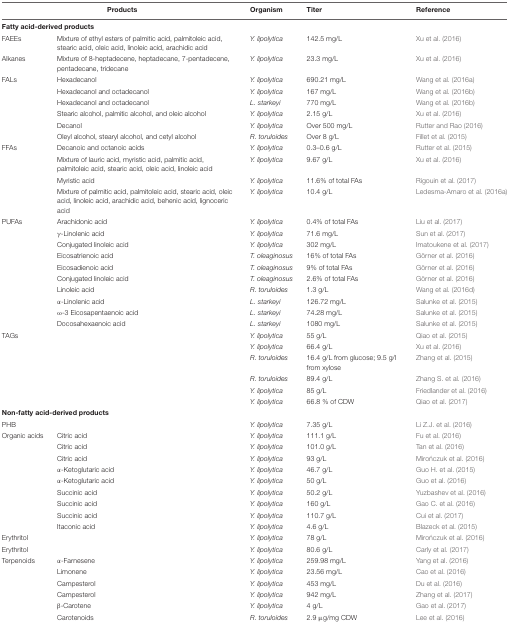
<table><thead><tr><td colspan="2"><b>Products</b></td><td><b>Organism</b></td><td><b>Titer</b></td><td><b>Reference</b></td></tr></thead><tbody><tr><td colspan="3"><b>Fatty acid-derived products</b></td></tr><tr><td>FAEEs</td><td>Mixture of ethyl esters of palmitic acid, palmitoleic acid, stearic acid, oleic acid, linoleic acid, arachidic acid</td><td><i>Y. lipolytica</i></td><td>142.5 mg/L</td><td>Xu et al. (2016)</td></tr><tr><td>Alkanes</td><td>Mixture of 8-heptadecene, heptadecane, 7-pentadecene, pentadecane, tridecane</td><td><i>Y. lipolytica</i></td><td>23.3 mg/L</td><td>Xu et al. (2016)</td></tr><tr><td>FALs</td><td>Hexadecanol</td><td><i>Y. lipolytica</i></td><td>690.21 mg/L</td><td>Wang et al. (2016a)</td></tr><tr><td></td><td>Hexadecanol and octadecanol</td><td><i>Y. lipolytica</i></td><td>167 mg/L</td><td>Wang et al. (2016b)</td></tr><tr><td></td><td>Hexadecanol and octadecanol</td><td><i>L. starkeyi</i></td><td>770 mg/L</td><td>Wang et al. (2016b)</td></tr><tr><td></td><td>Stearic alcohol, palmitic alcohol, and oleic alcohol</td><td><i>Y. lipolytica</i></td><td>2.15 g/L</td><td>Xu et al. (2016)</td></tr><tr><td></td><td>Decanol</td><td><i>Y. lipolytica</i></td><td>Over 500 mg/L</td><td>Rutter and Rao (2016)</td></tr><tr><td></td><td>Oleyl alcohol, stearyl alcohol, and cetyl alcohol</td><td><i>R. toruloides</i></td><td>Over 8 g/L</td><td>Fillet et al. (2015)</td></tr><tr><td>FFAs</td><td>Decanoic and octanoic acids</td><td><i>Y. lipolytica</i></td><td>0.3–0.6 g/L</td><td>Rutter et al. (2015)</td></tr><tr><td></td><td>Mixture of lauric acid, myristic acid, palmitic acid, palmitoleic acid, stearic acid, oleic acid, linoleic acid</td><td><i>Y. lipolytica</i></td><td>9.67 g/L</td><td>Xu et al. (2016)</td></tr><tr><td></td><td>Myristic acid</td><td><i>Y. lipolytica</i></td><td>11.6% of total FAs</td><td>Rigouin et al. (2017)</td></tr><tr><td></td><td>Mixture of palmitic acid, palmitoleic acid, stearic acid, oleic acid, linoleic acid, arachidic acid, behenic acid, lignoceric acid</td><td><i>Y. lipolytica</i></td><td>10.4 g/L</td><td>Ledesma-Amaro et al. (2016a)</td></tr><tr><td>PUFAs</td><td>Arachidonic acid</td><td><i>Y. lipolytica</i></td><td>0.4% of total FAs</td><td>Liu et al. (2017)</td></tr><tr><td></td><td>γ-Linolenic acid</td><td><i>Y. lipolytica</i></td><td>71.6 mg/L</td><td>Sun et al. (2017)</td></tr><tr><td></td><td>Conjugated linoleic acid</td><td><i>Y. lipolytica</i></td><td>302 mg/L</td><td>Imatoukene et al. (2017)</td></tr><tr><td></td><td>Eicosatrienoic acid</td><td><i>T. oleaginosus</i></td><td>16% of total FAs</td><td>Görner et al. (2016)</td></tr><tr><td></td><td>Eicosadienoic acid</td><td><i>T. oleaginosus</i></td><td>9% of total FAs</td><td>Görner et al. (2016)</td></tr><tr><td></td><td>Conjugated linoleic acid</td><td><i>T. oleaginosus</i></td><td>2.6% of total FAs</td><td>Görner et al. (2016)</td></tr><tr><td></td><td>Linoleic acid</td><td><i>R. toruloides</i></td><td>1.3 g/L</td><td>Wang et al. (2016d)</td></tr><tr><td></td><td>α-Linolenic acid</td><td><i>L. starkeyi</i></td><td>126.72 mg/L</td><td>Salunke et al. (2015)</td></tr><tr><td></td><td>ω-3 Eicosapentaenoic acid</td><td><i>L. starkeyi</i></td><td>74.28 mg/L</td><td>Salunke et al. (2015)</td></tr><tr><td></td><td>Docosahexaenoic acid</td><td><i>L. starkeyi</i></td><td>1080 mg/L</td><td>Salunke et al. (2015)</td></tr><tr><td>TAGs</td><td></td><td><i>Y. lipolytica</i></td><td>55 g/L</td><td>Qiao et al. (2015)</td></tr><tr><td></td><td></td><td><i>Y. lipolytica</i></td><td>66.4 g/L</td><td>Xu et al. (2016)</td></tr><tr><td></td><td></td><td><i>R. toruloides</i></td><td>16.4 g/L from glucose; 9.5 g/l from xylose</td><td>Zhang et al. (2015)</td></tr><tr><td></td><td></td><td><i>R. toruloides</i></td><td>89.4 g/L</td><td>Zhang S. et al. (2016)</td></tr><tr><td></td><td></td><td><i>Y. lipolytica</i></td><td>85 g/L</td><td>Friedlander et al. (2016)</td></tr><tr><td></td><td></td><td><i>Y. lipolytica</i></td><td>66.8 % of CDW</td><td>Qiao et al. (2017)</td></tr><tr><td colspan="3"><b>Non-fatty acid-derived products</b></td></tr><tr><td>PHB</td><td></td><td><i>Y. lipolytica</i></td><td>7.35 g/L</td><td>Li Z.J. et al. (2016)</td></tr><tr><td>Organic acids</td><td>Citric acid</td><td><i>Y. lipolytica</i></td><td>111.1 g/L</td><td>Fu et al. (2016)</td></tr><tr><td></td><td>Citric acid</td><td><i>Y. lipolytica</i></td><td>101.0 g/L</td><td>Tan et al. (2016)</td></tr><tr><td></td><td>Citric acid</td><td><i>Y. lipolytica</i></td><td>93 g/L</td><td>Mirończuk et al. (2016)</td></tr><tr><td></td><td>α-Ketoglutaric acid</td><td><i>Y. lipolytica</i></td><td>46.7 g/L</td><td>Guo H. et al. (2015)</td></tr><tr><td></td><td>α-Ketoglutaric acid</td><td><i>Y. lipolytica</i></td><td>50 g/L</td><td>Guo et al. (2016)</td></tr><tr><td></td><td>Succinic acid</td><td><i>Y. lipolytica</i></td><td>50.2 g/L</td><td>Yuzbashev et al. (2016)</td></tr><tr><td></td><td>Succinic acid</td><td><i>Y. lipolytica</i></td><td>160 g/L</td><td>Gao C. et al. (2016)</td></tr><tr><td></td><td>Succinic acid</td><td><i>Y. lipolytica</i></td><td>110.7 g/L</td><td>Cui et al. (2017)</td></tr><tr><td></td><td>Itaconic acid</td><td><i>Y. lipolytica</i></td><td>4.6 g/L</td><td>Blazeck et al. (2015)</td></tr><tr><td>Erythritol</td><td></td><td><i>Y. lipolytica</i></td><td>78 g/L</td><td>Mirończuk et al. (2016)</td></tr><tr><td>Erythritol</td><td></td><td><i>Y. lipolytica</i></td><td>80.6 g/L</td><td>Carly et al. (2017)</td></tr><tr><td>Terpenoids</td><td>α-Farnesene</td><td><i>Y. lipolytica</i></td><td>259.98 mg/L</td><td>Yang et al. (2016)</td></tr><tr><td></td><td>Limonene</td><td><i>Y. lipolytica</i></td><td>23.56 mg/L</td><td>Cao et al. (2016)</td></tr><tr><td></td><td>Campesterol</td><td><i>Y. lipolytica</i></td><td>453 mg/L</td><td>Du et al. (2016)</td></tr><tr><td></td><td>Campesterol</td><td><i>Y. lipolytica</i></td><td>942 mg/L</td><td>Zhang et al. (2017)</td></tr><tr><td></td><td>β-Carotene</td><td><i>Y. lipolytica</i></td><td>4 g/L</td><td>Gao et al. (2017)</td></tr><tr><td></td><td>Carotenoids</td><td><i>R. toruloides</i></td><td>2.9 μg/mg CDW</td><td>Lee et al. (2016)</td></tr></tbody></table>